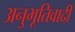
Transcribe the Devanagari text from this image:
अनुभूतिवादी